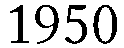
1950